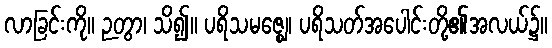
လာခြင်းကို။ ဉတွာ၊ သိ၍။ ပရိသမဇ္ဈေ၊ ပရိသတ်အပေါင်းတို့၏အလယ်၌။